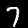
Label: 7